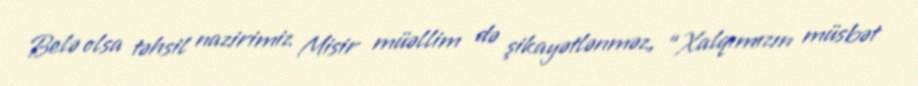
Belə olsa təhsil nazirimiz Misir müəllim də şikayətlənməz, “Xalqımızın müsbət